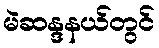
မဲဆန္ဒနယ်တွင်